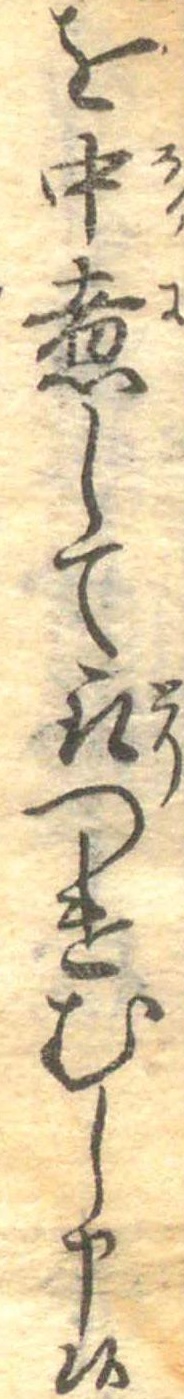
を中煮して取つけむし申候